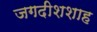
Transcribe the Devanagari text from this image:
जगदीशशाह